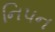
નિપન